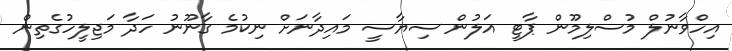
އިހްވާނުލް މުސްލިމޫން ޕާޓީ އަލުން ސިޔާސީ މައިދާނަށް ނިކުމެ ގާނޫނު ހަދާ މަޖިލީހުގެތިން